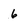
Character: 6